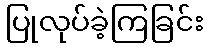
ပြုလုပ်ခဲ့ကြခြင်း